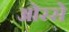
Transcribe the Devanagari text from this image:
ओरसे